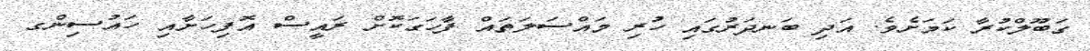
ގަބޫލްކުރާ ކަމަށެވެ. އަދި ބަނދަރުގައި ހުރި މައްސަލަތައް ފާހަގަކޮށް ރައީސް އޮފިހަށާއި ހައުސިންގ